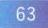
$63$